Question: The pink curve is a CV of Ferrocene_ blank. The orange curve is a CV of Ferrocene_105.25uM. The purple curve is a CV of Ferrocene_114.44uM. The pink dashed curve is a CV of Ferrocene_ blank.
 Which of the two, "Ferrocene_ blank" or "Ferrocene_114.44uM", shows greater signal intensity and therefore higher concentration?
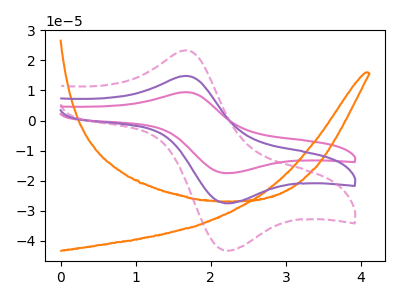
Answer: <think>The pink curve "Ferrocene_ blank" has an anodic peak at (1.70V, 29.70uA) and a cathodic peak at (2.25V, -54.95uA). The orange curve "Ferrocene_105.25uM" has no peaks. The purple curve "Ferrocene_114.44uM" has an anodic peak at (1.70V, 14.85uA) and a cathodic peak at (2.25V, -27.50uA). The pink dashed curve "Ferrocene_ blank" has an anodic peak at (1.70V, 23.35uA) and a cathodic peak at (2.25V, -43.20uA).
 All the peaks in "Ferrocene_ blank" have a peak in "Ferrocene_114.44uM" at the same potential. Every peak in "Ferrocene_ blank" is higher than every peak in "Ferrocene_114.44uM".</think>
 <answer>"Ferrocene_ blank" has more signal than "Ferrocene_114.44uM" and so likely has a higher concentration.</answer>
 <eval>more_concentration</eval>